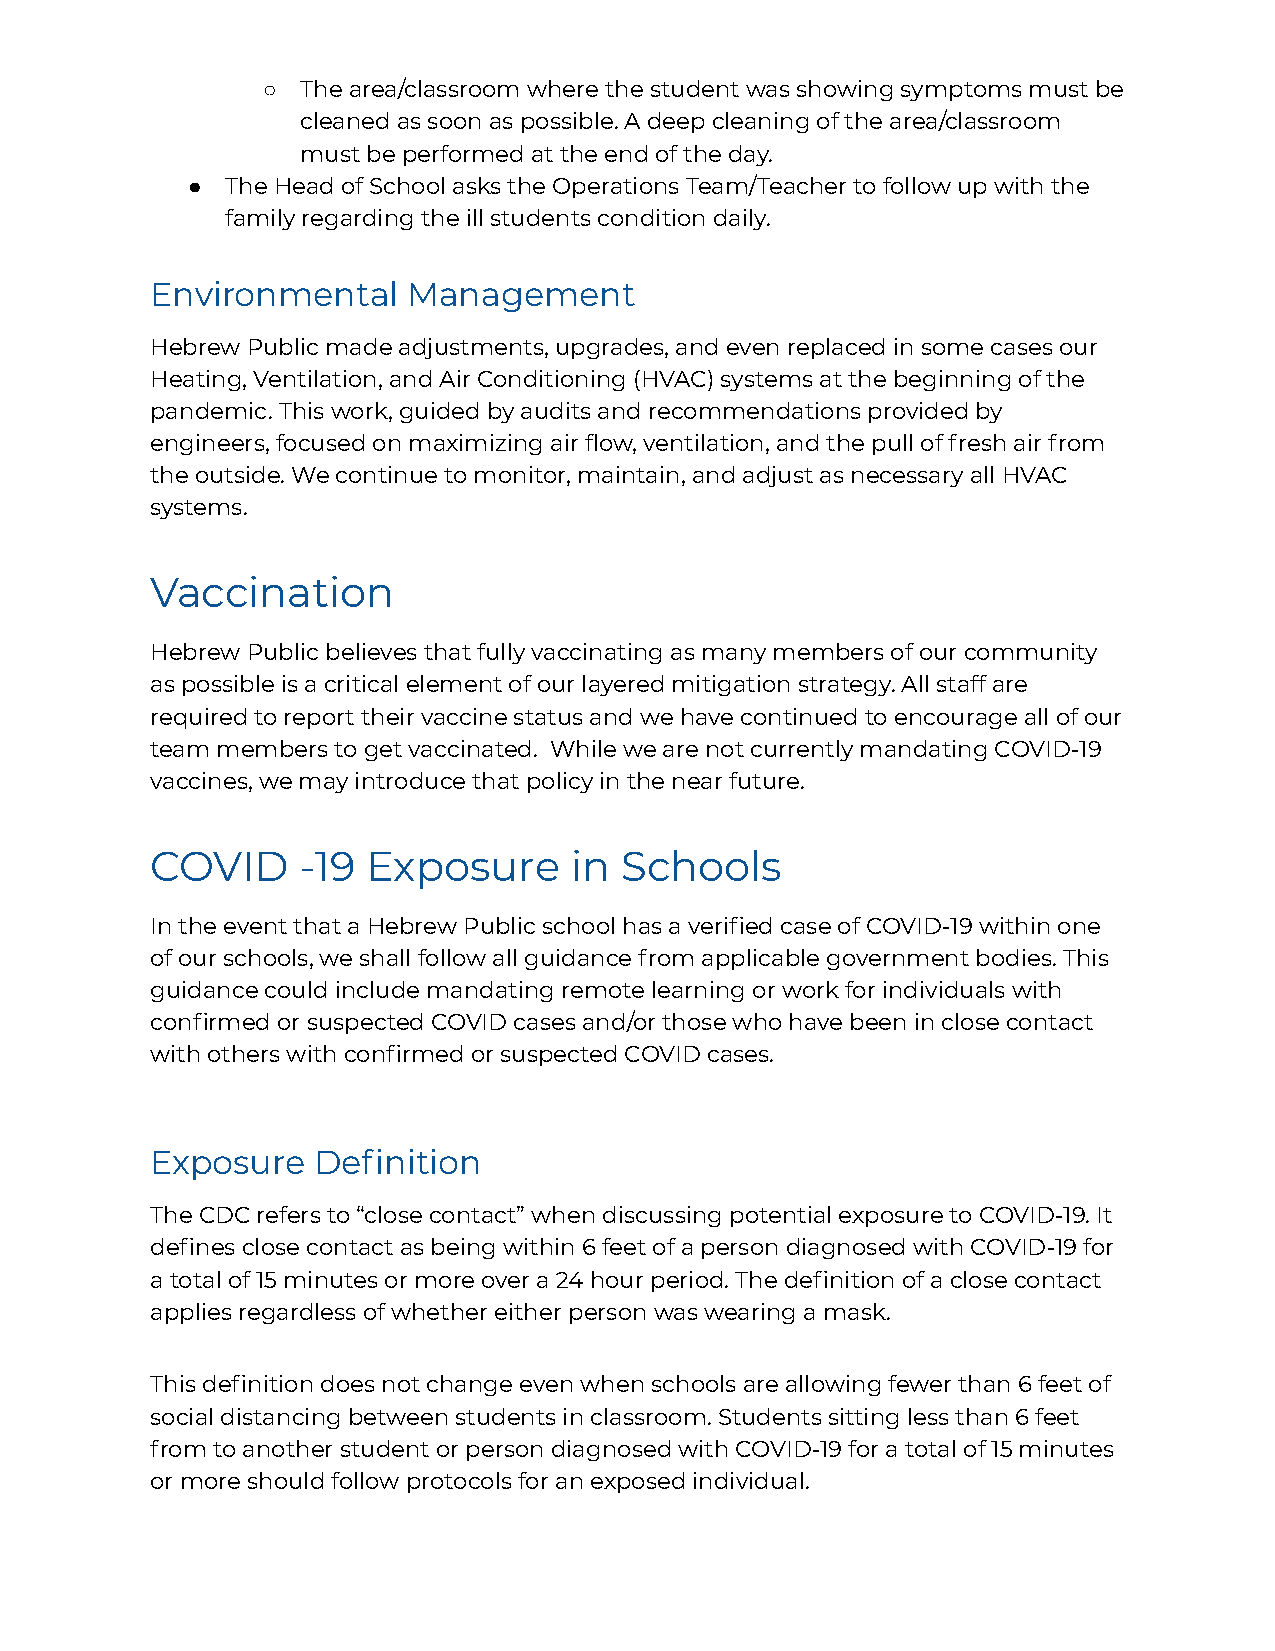
○  The area/classroom where the student was showing symptoms must be
 cleaned as soon as possible. A deep cleaning of the area/classroom
 must be performed at the end of the day.
 ●  The Head of School asks the Operations Team/Teacher to follow up with the
 family regarding the ill students condition daily.
 Environmental    Management
 Hebrew Public made adjustments, upgrades, and even replaced in some cases our
 Heating, Ventilation, and Air Conditioning (HVAC) systems at the beginning of the
 pandemic. This work, guided by audits and recommendations provided by
 engineers, focused on maximizing air flow, ventilation, and the pull of fresh air from
 the outside. We continue to monitor, maintain, and adjust as necessary all HVAC
 systems.
 Vaccination
 Hebrew Public believes that fully vaccinating as many members of our community
 as possible is a critical element of our layered mitigation strategy. All staff are
 required to report their vaccine status and we have continued to encourage all of our
 team members to get vaccinated. While we are not currently mandating COVID-19
 vaccines, we may introduce that policy in the near future.
 COVID     -19 Exposure      in Schools
 In the event that a Hebrew Public school has a verified case of COVID-19 within one
 of our schools, we shall follow all guidance from applicable government bodies. This
 guidance could include mandating remote learning or work for individuals with
 confirmed or suspected COVID cases and/or those who have been in close contact
 with others with confirmed or suspected COVID cases.
 Exposure   Definition
 The CDC refers to “close contact” when discussing potential exposure to COVID-19. It
 defines close contact as being within 6 feet of a person diagnosed with COVID-19 for
 a total of 15 minutes or more over a 24 hour period. The definition of a close contact
 applies regardless of whether either person was wearing a mask.
 This definition does not change even when schools are allowing fewer than 6 feet of
 social distancing between students in classroom. Students sitting less than 6 feet
 from to another student or person diagnosed with COVID-19 for a total of 15 minutes
 or more should follow protocols for an exposed individual.